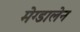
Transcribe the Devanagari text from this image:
मेग्डालेन